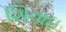
શિવાઇ